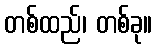
တစ်ထည်၊ တစ်ခု။